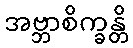
အဗ္ဘာစိက္ခန္တိ